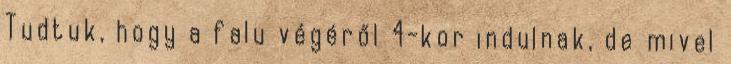
Tudtuk, hogy a falu végéről 4-kor indulnak, de mivel